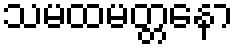
သမထမတ္တနော